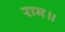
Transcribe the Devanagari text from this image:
राम॥